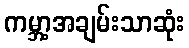
ကမ္ဘာ့အချမ်းသာဆုံး